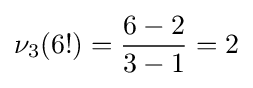
\nu _{3}(6!)={\frac {6-2}{3-1}}=2